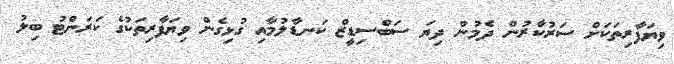
ވިޔަފާރިތަކަށް ސަރުކާރުން ދެމުން ދިޔަ ސަބްސިޑީޒް ކަނޑާލުމާއި ގުޅިގެން ވިޔަފާރިތަކުގެ ކަރަންޓު ބިލު